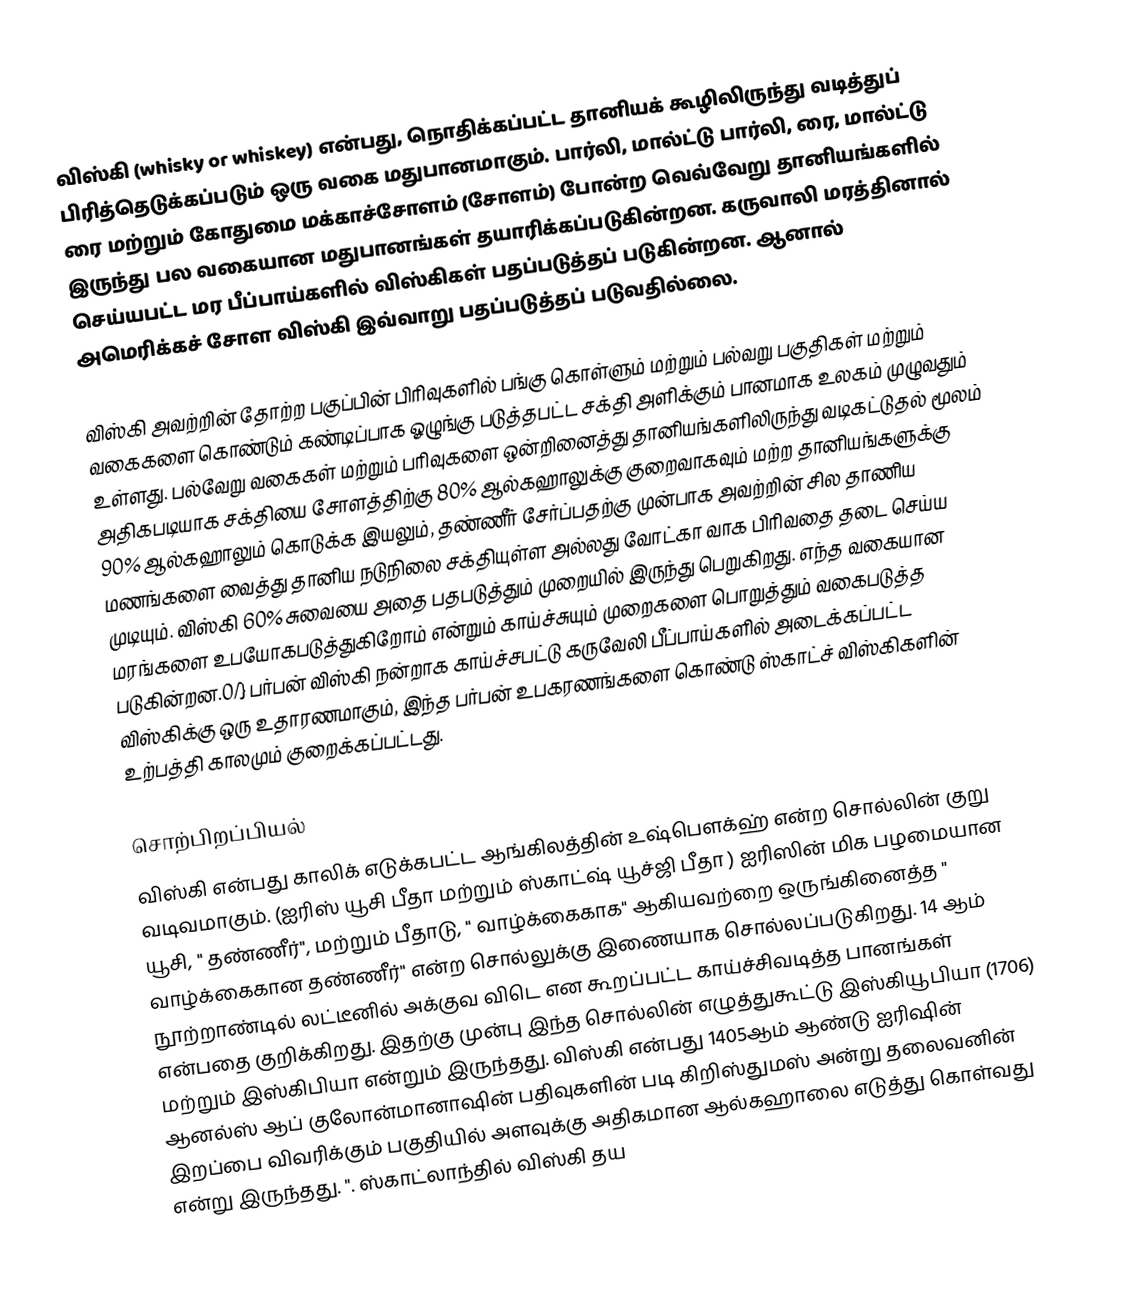
விஸ்கி (whisky or whiskey) என்பது, நொதிக்கப்பட்ட தானியக் கூழிலிருந்து வடித்துப் பிரித்தெடுக்கப்படும் ஒரு வகை மதுபானமாகும். பார்லி, மால்ட்டு பார்லி, ரை, மால்ட்டு ரை மற்றும் கோதுமை மக்காச்சோளம் (சோளம்) போன்ற வெவ்வேறு தானியங்களில் இருந்து பல வகையான மதுபானங்கள் தயாரிக்கப்படுகின்றன. கருவாலி மரத்தினால் செய்யபட்ட மர பீப்பாய்களில் விஸ்கிகள் பதப்படுத்தப் படுகின்றன. ஆனால் அமெரிக்கச் சோள விஸ்கி இவ்வாறு பதப்படுத்தப் படுவதில்லை.

விஸ்கி அவற்றின் தோற்ற பகுப்பின் பிரிவுகளில் பங்கு கொள்ளும் மற்றும் பல்வறு பகுதிகள் மற்றும் வகைகளை கொண்டும் கண்டிப்பாக ஓழுங்கு படுத்தபட்ட சக்தி அளிக்கும் பானமாக உலகம் முழுவதும் உள்ளது. பல்வேறு வகைகள் மற்றும் பரிவுகளை ஒன்றினைத்து தானியங்களிலிருந்து வடிகட்டுதல் மூலம் அதிகபடியாக சக்தியை சோளத்திற்கு 80% ஆல்கஹாலுக்கு குறைவாகவும் மற்ற தானியங்களுக்கு 90% ஆல்கஹாலும் கொடுக்க இயலும், தண்ணீர் சேர்ப்பதற்கு முன்பாக அவற்றின் சில தாணிய மணங்களை வைத்து தானிய நடுநிலை சக்தியுள்ள அல்லது வோட்கா வாக பிரிவதை தடை செய்ய முடியும். விஸ்கி 60% சுவையை அதை பதபடுத்தும் முறையில் இருந்து பெறுகிறது. எந்த வகையான மரங்களை உபயோகபடுத்துகிறோம் என்றும் காய்ச்சுயும் முறைகளை பொறுத்தும் வகைபடுத்த படுகின்றன.0/} பர்பன் விஸ்கி நன்றாக காய்ச்சபட்டு கருவேலி பீப்பாய்களில் அடைக்கப்பட்ட விஸ்கிக்கு ஒரு உதாரணமாகும், இந்த பர்பன் உபகரணங்களை கொண்டு ஸ்காட்ச் விஸ்கிகளின் உற்பத்தி காலமும் குறைக்கப்பட்டது.

சொற்பிறப்பியல்
விஸ்கி என்பது காலிக் எடுக்கபட்ட ஆங்கிலத்தின் உஷ்பௌக்ஹ் என்ற சொல்லின் குறு வடிவமாகும். (ஐரிஸ் யூசி பீதா  மற்றும் ஸ்காட்ஷ் யூச்ஜி பீதா ) ஐரிஸின் மிக பழமையான யூசி, " தண்ணீர்", மற்றும் பீதாடு, " வாழ்க்கைகாக" ஆகியவற்றை ஒருங்கினைத்த " வாழ்க்கைகான தண்ணீர்" என்ற சொல்லுக்கு இணையாக சொல்லப்படுகிறது. 14 ஆம் நூற்றாண்டில் லட்டீனில் அக்குவ விடெ  என கூறப்பட்ட காய்ச்சிவடித்த பானங்கள் என்பதை குறிக்கிறது. இதற்கு முன்பு இந்த சொல்லின் எழுத்துகூட்டு இஸ்கியூபியா (1706) மற்றும் இஸ்கிபியா என்றும் இருந்தது. விஸ்கி என்பது 1405ஆம் ஆண்டு ஐரிஷின் ஆனல்ஸ் ஆப் குலோன்மானாஷின் பதிவுகளின் படி கிறிஸ்துமஸ் அன்று தலைவனின் இறப்பை விவரிக்கும் பகுதியில் அளவுக்கு அதிகமான ஆல்கஹாலை எடுத்து கொள்வது என்று இருந்தது. ". ஸ்காட்லாந்தில் விஸ்கி தய